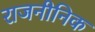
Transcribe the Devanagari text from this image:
राजनीनिक